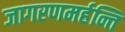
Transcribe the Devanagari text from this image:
जागरणमर्हन्ति